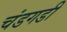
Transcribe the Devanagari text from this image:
चंडगडी